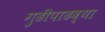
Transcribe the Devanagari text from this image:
गुढीपाढव्या